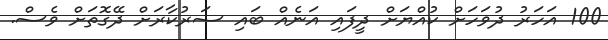
100 އަހަރު ދުވަހަށް ކުއްޔަށް ދީފައި އަނެއް ބައި ސަރުކާރަށް ދޭގޮތަށް ވެސް.